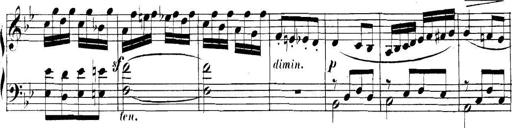
Title: Collected Piano Sonatas
Composer: Muzio Clementi